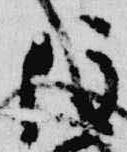
住